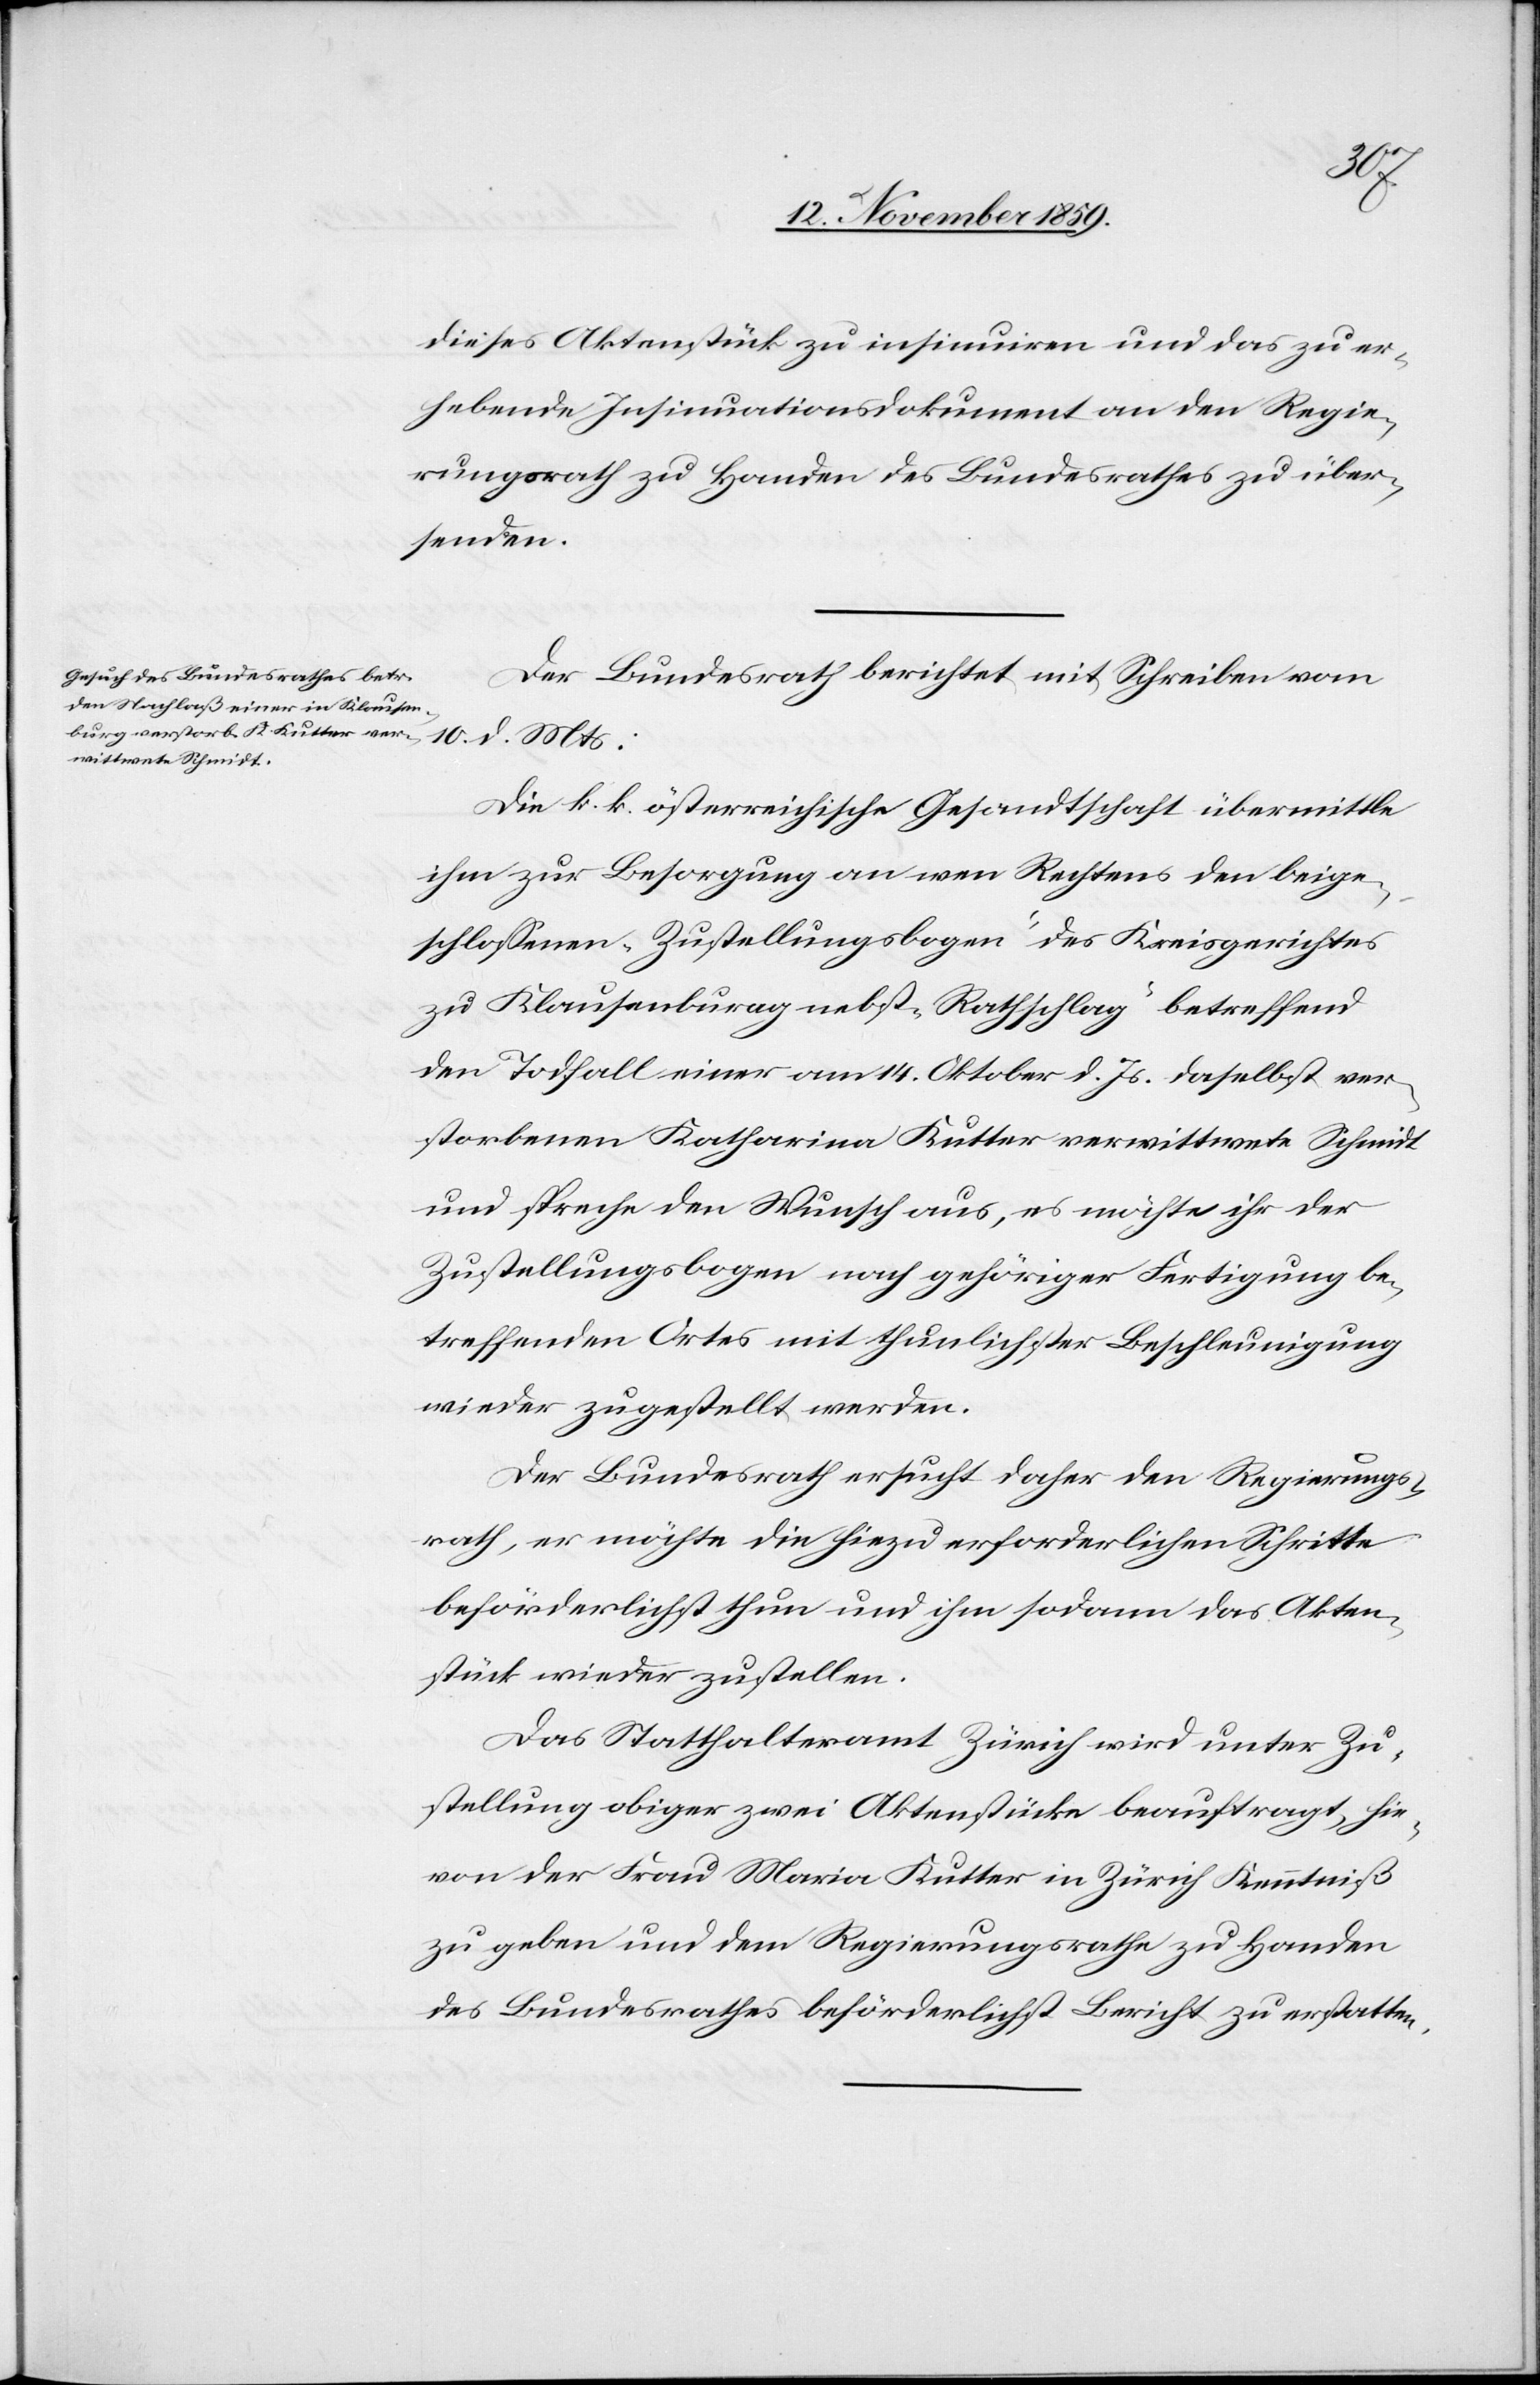
Actum
12. Novemb. 1859.]
dieses Aktenstück zu insinuiren und das zu er¬
hebende Insinuationsdokument an den Regie¬
rungsrath zu Handen des Bundesrathes zu über¬
senden.
Der Bundesrath berichtet mit Schreiben vom
10. d. Mts:
Die k. k. österreichische Gesandtschaft übermittelte
ihm zu Besorgung an wen Rechtens den beige¬
schlossenen „Zustellungsbogen“ des Kreisgerichtes
zu Klausenburag [sic!] nebst „Rathschlag“ betreffend
den Todfall einer am 14. Oktober d. Js. daselbst ver¬
storbenen Katharina Kutter verwitwete Schmidt
und spreche den Wunsch aus, es möchte ihr der
Zustellungsbogen nach gehöriger Fertigung be¬
treffenden Ortes mit thunlichster Beschleunigung
wieder zugestellt werden.
Der Bundesrath ersucht daher den Regierungs¬
rath, er möchte die hiezu erforderlichen Schritte
beförderlichst thun und ihm sodann das Akten¬
stück wieder zustellen.
Das Statthalteramt Zürich wird unter Zu¬
stellung obiger zwei Aktenstücke beauftragt, hie¬
von der Frau Maria Kutter in Zürich Kenntniß
zu geben und dem Regierungsrathe zu Handen
des Bundesrathes beförderlichst Bericht zu erstatten.